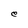
Character: e